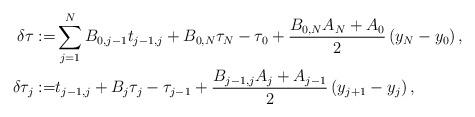
LaTeX: \begin{align*}\delta \tau:=& \sum_{j=1}^N B_{0,j-1} t_{j-1,j} + B_{0,N}\tau_N -\tau_0+\frac{B_{0,N}A_N+A_0}{2}\left(y_N-y_0\right),\\\delta \tau_j:=& t_{j-1,j}+ B_{j}\tau_{j} -\tau_{j-1}+\frac{B_{j-1,j}A_{j}+A_{j-1}}{2}\left(y_{j+1}-y_j\right),\\\end{align*}